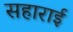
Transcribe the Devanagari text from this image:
सहाराई